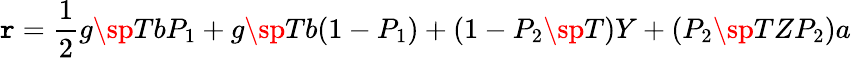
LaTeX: \mathtt{r}={\frac{{1}}{{2}}}g\sp{T}bP_{1}+g\sp{T}b(1-P_{1})+(1-P_{2}\sp{T})Y+(P_{2}\sp{T}ZP_{2})a